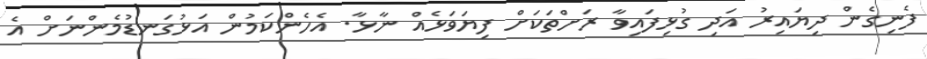
ފެނިގެން ދިޔައިރު އަދި ގުޅިފައިވާ ރަށްތަކަށް ފިޔަވަޅެއް ނާޅާ. އެހެންކަމުން އަޅުގަނޑުމެންނަށް އެ